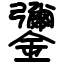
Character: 䥸